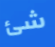
شئ